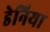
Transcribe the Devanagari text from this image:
डेनिया